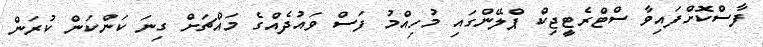
ފާސްކޮށްފައިވާ ސްޓްރެޓީޖިކް ޕްލޭންގައި މުހިއްމު ފަސް ވައުދެއްގެ މައްޗަށް ގިނަ ކަންކަން ކުރަން